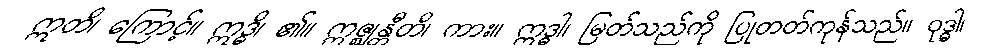
ဣတိ၊ ကြောင့်။ ဣဒ္ဓိ၊ ၏။ ဣဇ္ဈန္တီတိ၊ ကား။ ဣဒ္ဓါ၊ မြတ်သည်ကို ပြုတတ်ကုန်သည်။ ဝုဒ္ဓါ၊